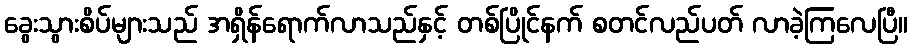
ခွေးသွားစိပ်များသည် အရှိန်ရောက်လာသည်နှင့် တစ်ပြိုင်နက် စတင်လည်ပတ် လာခဲ့ကြလေပြီ။